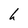
Character: h